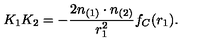
K _ { 1 } K _ { 2 } = - \frac { 2 n _ { ( 1 ) } \cdot n _ { ( 2 ) } } { r _ { 1 } ^ { 2 } } f _ { C } ( r _ { 1 } ) .